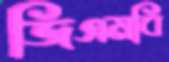
জিএমবি